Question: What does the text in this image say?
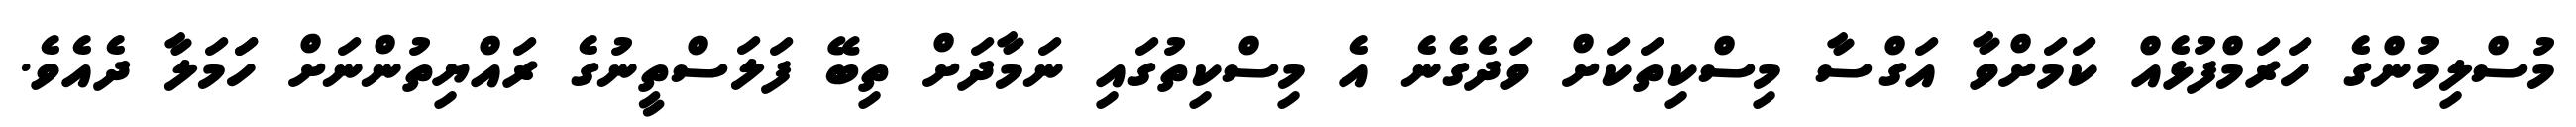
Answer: މުސްލިމުންގެ ހަރަމްފުޅެއް ކަމަށްވާ އަގްސާ މިސްކިތަކަށް ވަދެގެނެ އެ މިސްކިތުގައި ނަމާދަށް ތިބޭ ފަލަސްތީނުގެ ރައްޔިތުންނަށް ހަަމަލާ ދެއެވެ.